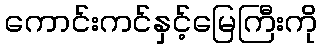
ကောင်းကင်နှင့်မြေကြီးကို